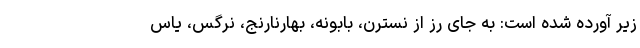
زیر آورده شده است: به جای رز از نسترن، بابونه، بهارنارنج، نرگس، یاس